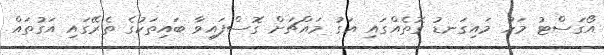
އޯގަސްޓު މަހު މައިގަނޑު ގޮތެއްގައި އަގު މައްޗަށް ގޮސްފައިވާ ބައިތަކުގެ ތެރޭގައި އަގުތައް